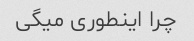
چرا اینطوری میگی